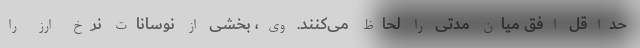
حداقل افق میان مدتی را لحاظ می‌کنند. وی، بخشی از نوسانات نرخ ارز را